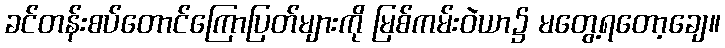
ခင်တန်းစပ်တောင်ကြောပြတ်များကို မြစ်ကမ်းဝဲယာ၌ မတွေ့ရတော့ချေ။